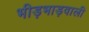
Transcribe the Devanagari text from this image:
भीड़भाड़वाली